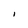
Character: I